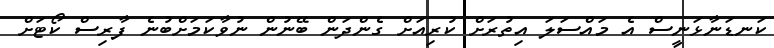
ކަނޑަނާޅަނީސް އެ މައްސަލަ އިތުރަށް ކުރިއަށް ގެންދަން ބޭނުން ނުވާކަމަށްބުނެ ފާރިސް ކޯޓަށް